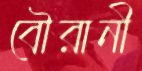
বৌরানী